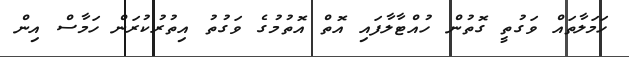
ހަމަލާތައް ވަގުތީ ގޮތުން ހުއްޓާލާފައި އޮތް އޮތުމުގެ ވަގުތު އިތުރުކުރަން ހަމާސް އިން